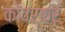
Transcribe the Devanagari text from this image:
कोवर्कर